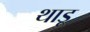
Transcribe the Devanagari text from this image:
थाडू